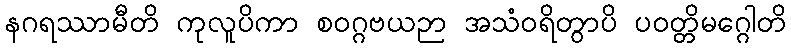
နဂရဿာမီတိ ကုလူပိကာ စဝဂ္ဂဗယဉာ အသံဝရိတွာပိ ပဝတ္တိမဂ္ဂေါတိ